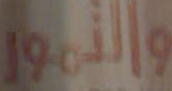
والتمور